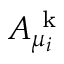
A _ { \mu _ { i } } ^ { \mathrm { ~ k ~ } }